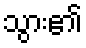
သွား၏